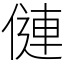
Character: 僆